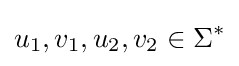
u_{1},v_{1},u_{2},v_{2}\in \Sigma ^{*}